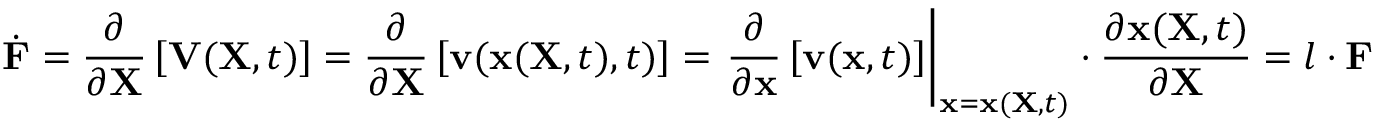
{ \dot { \mathbf { F } } } = { \frac { \partial } { \partial \mathbf { X } } } \left[ \mathbf { V } ( \mathbf { X } , t ) \right] = { \frac { \partial } { \partial \mathbf { X } } } \left[ \mathbf { v } ( \mathbf { x } ( \mathbf { X } , t ) , t ) \right] = \left. { \frac { \partial } { \partial \mathbf { x } } } \left[ \mathbf { v } ( \mathbf { x } , t ) \right] \right| _ { \mathbf { x } = \mathbf { x } ( \mathbf { X } , t ) } \cdot { \frac { \partial \mathbf { x } ( \mathbf { X } , t ) } { \partial \mathbf { X } } } = { \boldsymbol { l } } \cdot \mathbf { F }